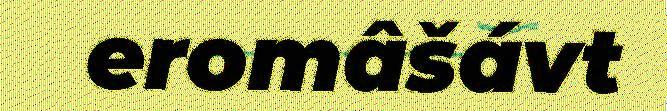
eromâšávt